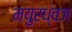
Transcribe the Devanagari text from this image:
मयुरध्वज